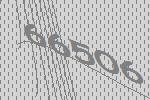
66506